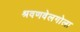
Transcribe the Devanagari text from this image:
श्रवणवेलगोला